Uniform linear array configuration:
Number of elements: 8
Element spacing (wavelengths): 0.5
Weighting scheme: kaiser
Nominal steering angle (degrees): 45
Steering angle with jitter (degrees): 44.141
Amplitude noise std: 0.05
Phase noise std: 0.05

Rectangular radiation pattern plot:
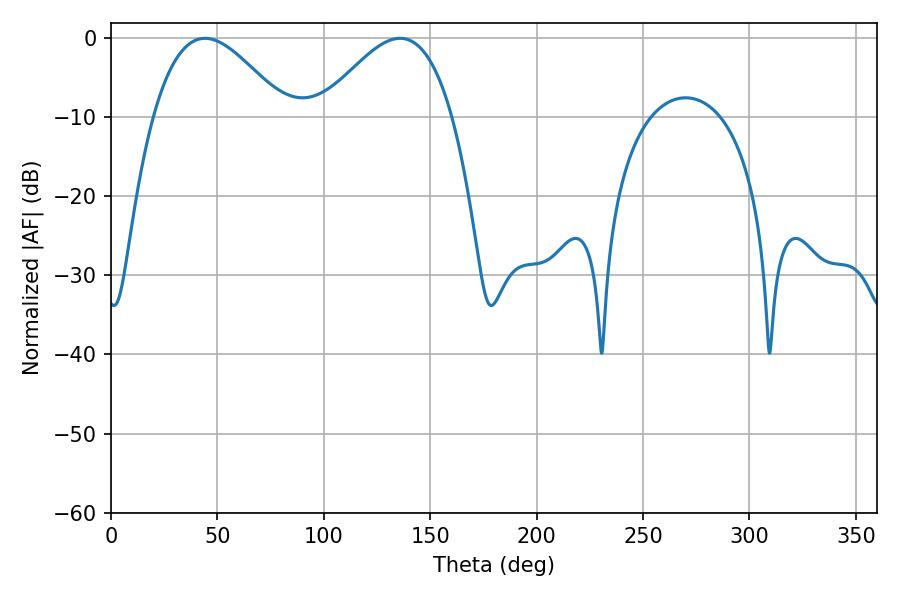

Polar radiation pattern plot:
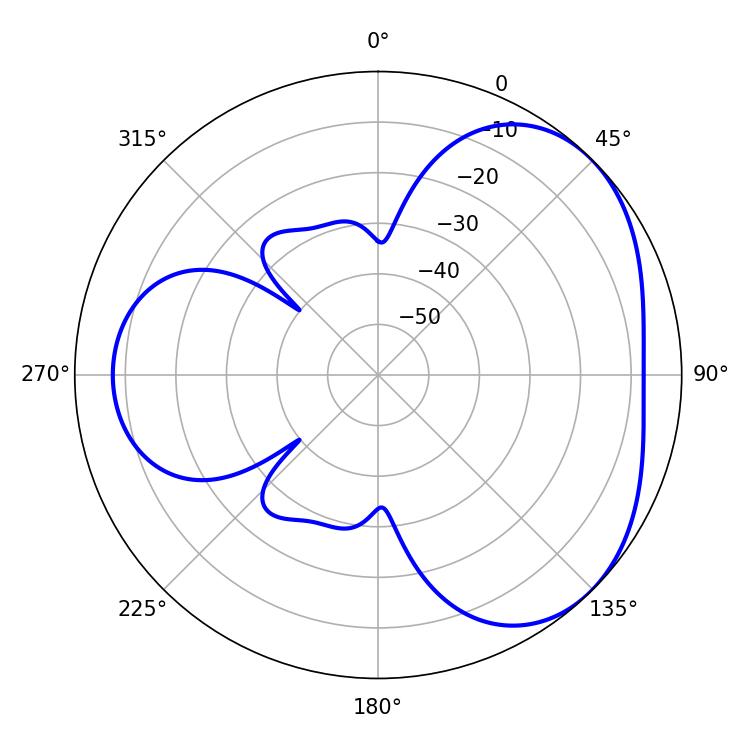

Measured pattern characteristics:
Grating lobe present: FALSE
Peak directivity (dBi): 3.709
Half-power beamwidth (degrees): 33.48
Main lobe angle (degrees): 44.1